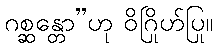
ဂစ္ဆန္တော”ဟု ဝိဂြိုဟ်ပြု။